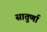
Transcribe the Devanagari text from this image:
सातुर्णा